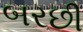
બરછી